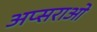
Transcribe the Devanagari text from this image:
अप्सराओ